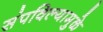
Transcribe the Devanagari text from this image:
संपविल्यामुळे